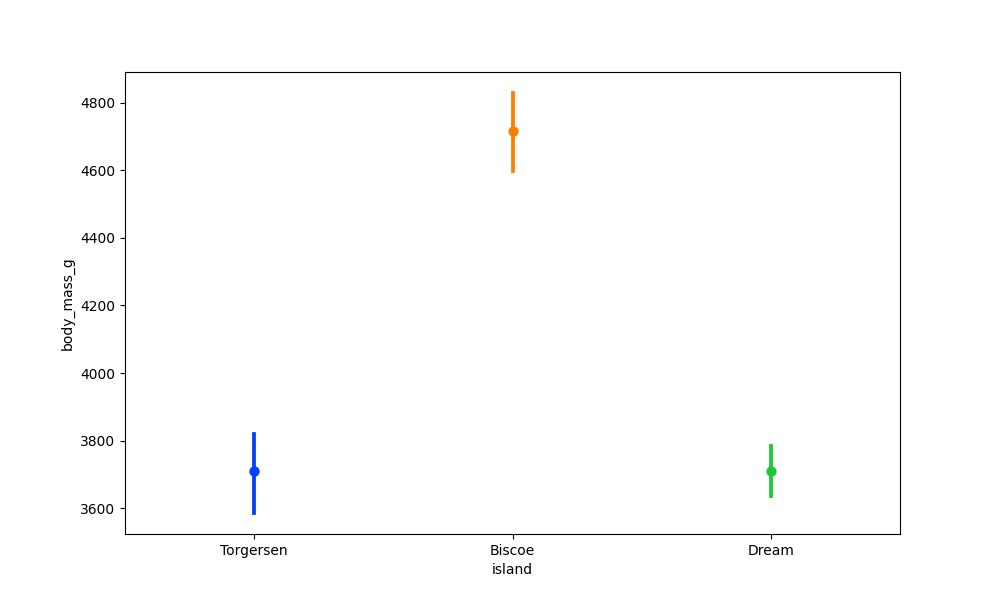
python, seaborn, pointplot, scale=1.0, join=True, hue='None', palette='bright'